Report on the cholera epidemic of
Year: 1868
Disease focus: Cholera
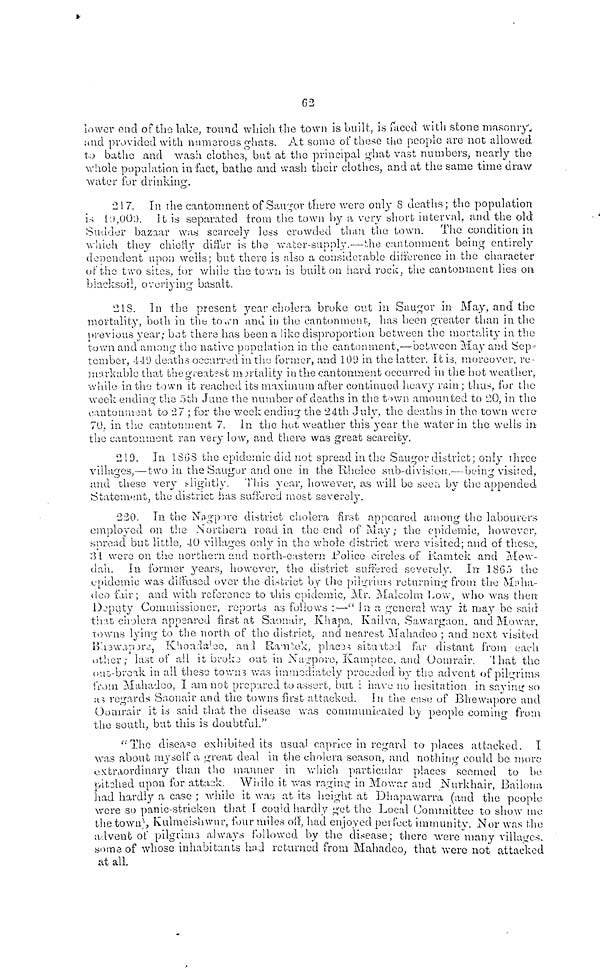
62
lower one of the lake, round which the town is built, is faced with stone masonry,
and provided with numerous ghats. At some of these the people are not allowed
to bathe and wash clothes, but at the principal ghat vast numbers, nearly the
whole population in fact, bathe and wash their clothes, and at the same time draw
water for drinking.
217. In the cantonment of Saugor there were only S deaths; the population
is 10,000. It is separated from the town by a very short interval, and the old
Sudeler bazaar was scarcely less crowded than the town. The condition in
which they chiefly differ is the water-supply.—the cantonment being entirely
dependent upon wells; but there is also a considerable difference in the character
of the two sites, for while the town is built on hard, rock, the cantonment lies on
blacksoil, overlying basalt.
218. In the present year cholera broke out in Saugor in May, and the
mortality, both in the town and in the cantonment, has been greater than in the
previous year; bat there has been a like disproportion between the mortality in the
town and among the native population in the cantonment,—between May and Sep-
tember, 449 deaths occurred in the former, and 109 in the latter. It is, moreover, re-
nuu-kable that the greatest mortality in the cantonment occurred in the hot weather,
while in the town it reached its maximum after continued heavy rain ; thus for the
week ending the 5th June the number of deaths in the town amounted to 20, in the
cantoment to 27 ; for the week ending the 24th July, the deaths in the town were
70. in the cantonment 7. In the hot weather this year the water in the wells in
the cantonment t ran very low, and there was great scarcity.
219. In 1868 the epidemic did not spread in the Saugor district; only three
villages,—two in the Saugor and one in the Rholee sub-division,— being visited,
and these very slightly. This year, however, as will be see by the appended
Statement, the district has suffered most severely.
220. In the Nagpore district cholera first appeared among the labourer
employed on the Northern road in the end of May ; the epidemic, however,
spread but little, 40 villages only in the whole district were visited; and of these,
31 were on the northern and north-eastern Police circles of Ramtek and Mow-
dah. In former years, however, the district suffered severely. In 1865 the
epidemic was diffused over the district by the pilgrims returning from the Maha-
deo fair; and with reference to this epidemic, Mr. Malcolm Low, who was then
Deputy Commissioner, reports as follows :—" In a general way it may bo said
that cholera appeared first at Saonair, Khapa, Kailva, Sawargaon, and Mowar,
towns lying to the north of the district, and nearest Mahadeo ; and next visited
Bhewapore, Khoadaleo, and Ramtek, places situated far distant from each
other; last of all it broke out in Nagpore, Kamptee, and Oomrair. That the
out-break in all these towns was immediately preceded by the advent of pilgrims
from Mahadco, I am not prepared to assert, but i have no hesitation in saying so
as regards Saonair and the towns first attacked. In the case of Bhewapore and
Oimrair it is said that the disease was communicated by people comino from
the south, but this is doubtful."
"The disease exhibited its usual caprice in regard to places attacked. I.
was about myself a great deal in the cholera season, and nothing could be more
extraordinary than the manner in which particular places seemed to be
pitched upon for attack. While it was raging in Mowar and Nurkhair, Bailona
had hardly a case ; while it was at its height, at Dhapawarra (and the people
were so panic-stricken that I could hardly get the Local Committee to show me
the town), Kulmeishwur, four miles off, had enjoyed perfect immunity. Nor was the
advent of pilgrims always followed by the disease; there were "many villages,
some of whose inhabitants had returned from Mahadeo, that were not attacked
at all.